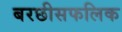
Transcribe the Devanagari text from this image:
बरछीसफलिक